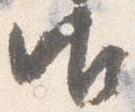
御